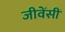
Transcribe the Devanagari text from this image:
जीवेंसीं